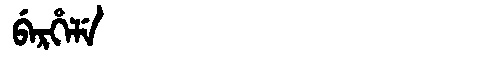
Manchu: ᠪᡝᡵᡥᡝᠯᡝ
Romanization: BERHELE